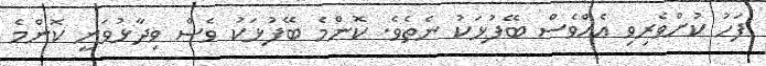
ފަހު ކުށްވެރިވި އެއްވެސް ބޭފުޅަކު ނެތެވެ. ކޮންމެ ބޭފުޅަކު ވެސް ވިދާޅުވަނީ ކޮންމެ